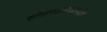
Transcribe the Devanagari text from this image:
लोहगडवाडीपर्यंत